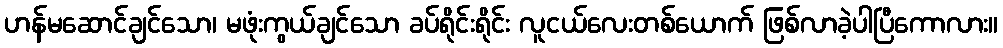
ဟန်မဆောင်ချင်သော၊ မဖုံးကွယ်ချင်သော ခပ်ရိုင်းရိုင်း လူငယ်လေးတစ်ယောက် ဖြစ်လာခဲ့ပါပြီကောလား။